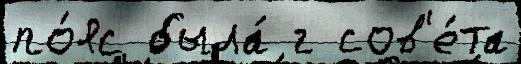
по́яс была́ г сов'е́та